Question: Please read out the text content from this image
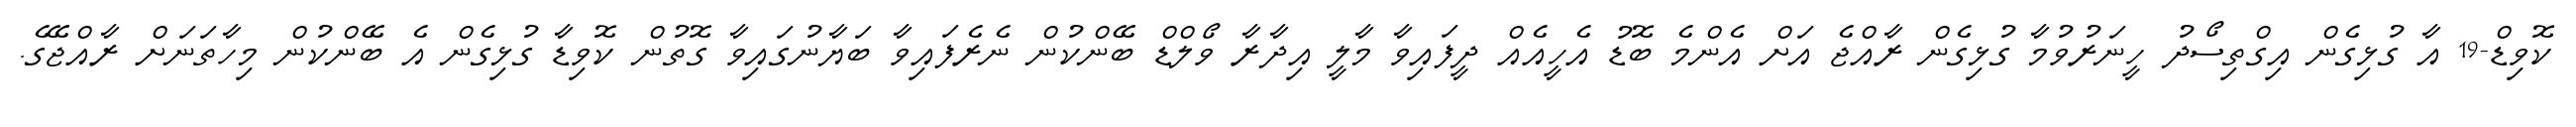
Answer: ކޮވިޑް-19 އާ ގުޅިގެން އިގްތިސޯދު ހީނަރުވުމާ ގުޅިގެން ރާއްޖެ އަށް އެންމެ ބޮޑު އެހީއެއް ދީފައިވާ މާލީ އިދާރާ ވޯލްޑް ބޭންކުން ނެރެފައިވާ ބަޔާނުގައިވާ ގޮތުން ކޮވިޑާ ގުޅިގެން އެ ބޭންކުން މިހާތަނަށް ރާއްޖޭގެ.